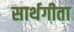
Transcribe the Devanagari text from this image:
सार्थगीता